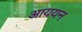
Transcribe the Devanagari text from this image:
आययन